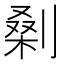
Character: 𭄅